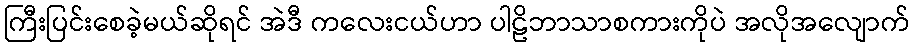
ကြီးပြင်းစေခဲ့မယ်ဆိုရင် အဲဒီ ကလေးငယ်ဟာ ပါဠိဘာသာစကားကိုပဲ အလိုအလျောက်